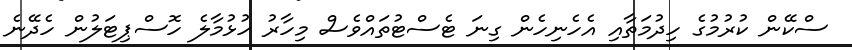
ސްކޭން ކުރުމުގެ ހިދުމަތާއި އެހެނިހެން ގިނަ ޓެސްޓުތައްވެސް މިހާރު ހުޅުމާލެ ހޮސްޕިޓަލުން ހެދޭނެ